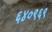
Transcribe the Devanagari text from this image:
६४०९६९